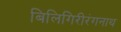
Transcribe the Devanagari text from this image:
बिलिगिरीरंगनाथ